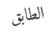
الطابق